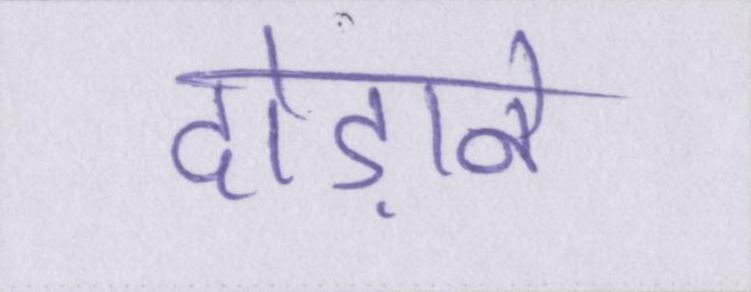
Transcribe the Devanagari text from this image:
दौड़ाने